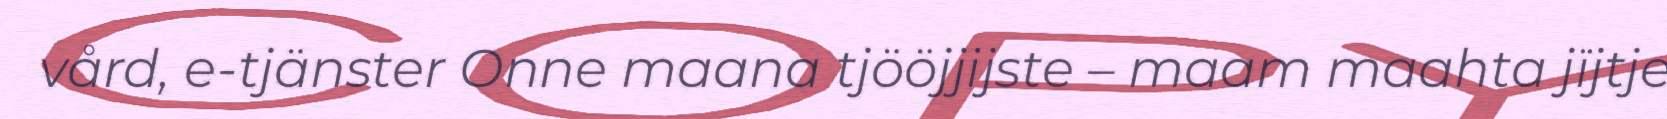
vård, e-tjänster Onne maana tjööjjijste – maam maahta jïjtje